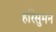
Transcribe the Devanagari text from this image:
हरिसुमन